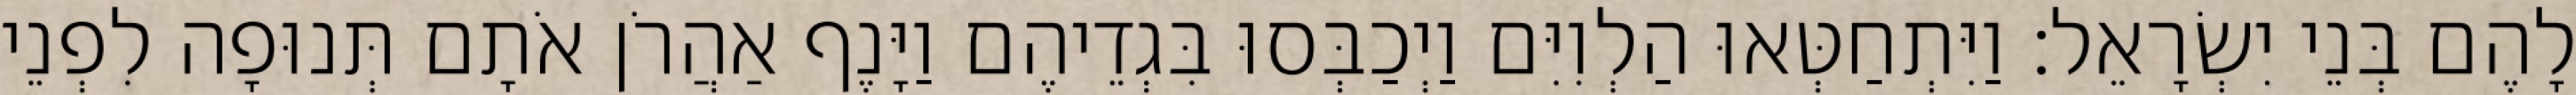
לָהֶם בְּנֵי יִשְׂרָאֵל׃ וַיִּתְחַטְּאוּ הַלְוִיִּם וַיְכַבְּסוּ בִּגְדֵיהֶם וַיָּנֶף אַהֲרֹן אֹתָם תְּנוּפָה לִפְנֵי